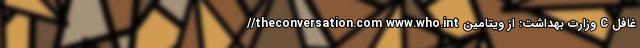
//theconversation.com www.who.int وزارت بهداشت: از ویتامین C غافل